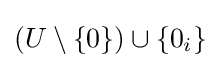
(U\setminus \{0\})\cup \{0_{i}\}